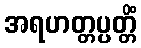
အရဟတ္တပ္ပတ္တိံ